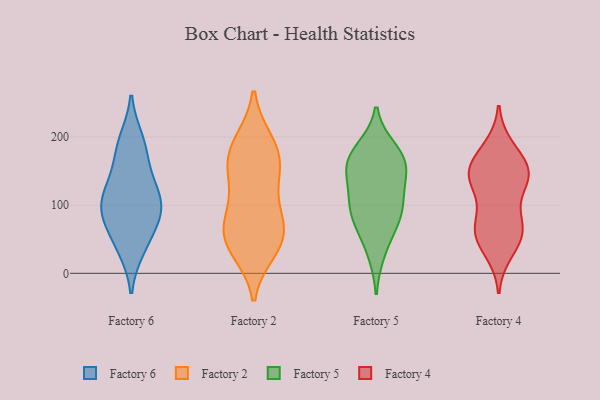
{"axis": {"x": "Bounce Rate (%)", "y": "Value"}, "legend": ["Factory 2", "Factory 4", "Factory 5", "Factory 6"], "data": [{"x": "", "y": 196, "type": "Factory 6"}, {"x": "", "y": 141, "type": "Factory 6"}, {"x": "", "y": 114, "type": "Factory 6"}, {"x": "", "y": 82, "type": "Factory 6"}, {"x": "", "y": 78, "type": "Factory 6"}, {"x": "", "y": 40, "type": "Factory 6"}, {"x": "", "y": 36, "type": "Factory 6"}, {"x": "", "y": 190, "type": "Factory 6"}, {"x": "", "y": 77, "type": "Factory 6"}, {"x": "", "y": 166, "type": "Factory 6"}, {"x": "", "y": 103, "type": "Factory 6"}, {"x": "", "y": 103, "type": "Factory 6"}, {"x": "", "y": 118, "type": "Factory 6"}, {"x": "", "y": 143, "type": "Factory 2"}, {"x": "", "y": 54, "type": "Factory 2"}, {"x": "", "y": 84, "type": "Factory 2"}, {"x": "", "y": 146, "type": "Factory 2"}, {"x": "", "y": 45, "type": "Factory 2"}, {"x": "", "y": 192, "type": "Factory 2"}, {"x": "", "y": 89, "type": "Factory 2"}, {"x": "", "y": 154, "type": "Factory 2"}, {"x": "", "y": 178, "type": "Factory 2"}, {"x": "", "y": 70, "type": "Factory 2"}, {"x": "", "y": 45, "type": "Factory 2"}, {"x": "", "y": 188, "type": "Factory 2"}, {"x": "", "y": 35, "type": "Factory 2"}, {"x": "", "y": 31, "type": "Factory 5"}, {"x": "", "y": 166, "type": "Factory 5"}, {"x": "", "y": 94, "type": "Factory 5"}, {"x": "", "y": 66, "type": "Factory 5"}, {"x": "", "y": 133, "type": "Factory 5"}, {"x": "", "y": 152, "type": "Factory 5"}, {"x": "", "y": 118, "type": "Factory 5"}, {"x": "", "y": 87, "type": "Factory 5"}, {"x": "", "y": 182, "type": "Factory 5"}, {"x": "", "y": 89, "type": "Factory 5"}, {"x": "", "y": 171, "type": "Factory 5"}, {"x": "", "y": 162, "type": "Factory 5"}, {"x": "", "y": 67, "type": "Factory 4"}, {"x": "", "y": 32, "type": "Factory 4"}, {"x": "", "y": 153, "type": "Factory 4"}, {"x": "", "y": 62, "type": "Factory 4"}, {"x": "", "y": 137, "type": "Factory 4"}, {"x": "", "y": 142, "type": "Factory 4"}, {"x": "", "y": 156, "type": "Factory 4"}, {"x": "", "y": 176, "type": "Factory 4"}, {"x": "", "y": 46, "type": "Factory 4"}, {"x": "", "y": 134, "type": "Factory 4"}, {"x": "", "y": 84, "type": "Factory 4"}, {"x": "", "y": 185, "type": "Factory 4"}, {"x": "", "y": 56, "type": "Factory 4"}, {"x": "", "y": 145, "type": "Factory 4"}, {"x": "", "y": 136, "type": "Factory 4"}, {"x": "", "y": 73, "type": "Factory 4"}]}